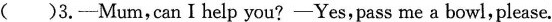
( )3.-Mum,can I help you?-Yes,pass me a bowl,please.